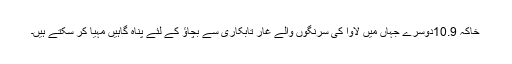
خاکہ 10.9دوسرے جہاں میں لاوا کی سرنگوں والے غار تابکاری سے بچاؤ کے لئے پناہ گاہیں مہیا کر سکتے ہیں۔